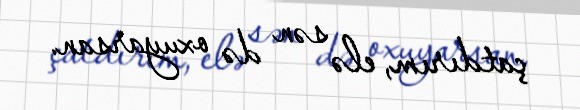
çatdırım, elə sən də oxuyarsan.